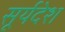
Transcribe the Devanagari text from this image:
सूर्यदेश